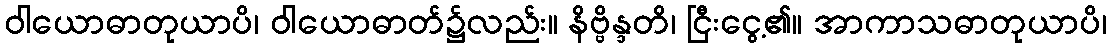
ဝါယောဓာတုယာပိ၊ ဝါယောဓာတ်၌လည်း။ နိဗ္ဗိန္ဒတိ၊ ငြီးငွေ့၏။ အာကာသဓာတုယာပိ၊